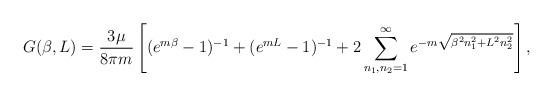
LaTeX: \begin{align*}G(\beta,L)=\frac{3\mu}{8\pi m}\left[(e^{m\beta}-1)^{-1}+(e^{mL}-1)^{-1}+2\sum_{n_{1},n_{2}=1}^{\infty}e^{-m\sqrt{\beta^{2}n_{1}^{2}+L^{2}n_{2}^{2}}} \right] , \end{align*}